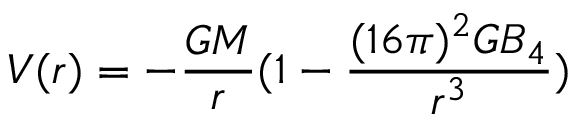
V ( r ) = - { \frac { G M } { r } } ( 1 - { \frac { ( 1 6 \pi ) ^ { 2 } G B _ { 4 } } { r ^ { 3 } } } )